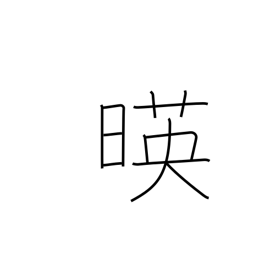
Meaning: sun beginning decline